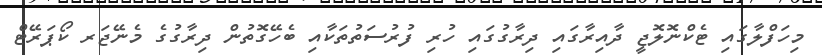
މިހަފްލާގައި ޓެކްނޮލޮޖީ ދާއިރާގައި ދިރާގުގައި ހުރި ފުރުސަތުތަކާއި ބެހޭގޮތުން ދިރާގުގެ މެނޭޖަރ ކޯޕަރޭޓް